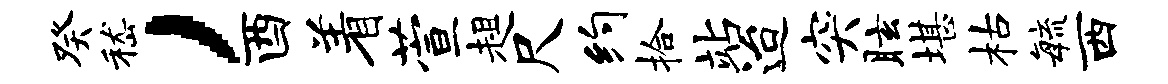
癸嵇，酉着萱趄尺约拾站迨突眩堪枯敏西